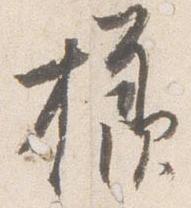
様